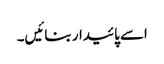
اسے پائیدار بنائیں۔